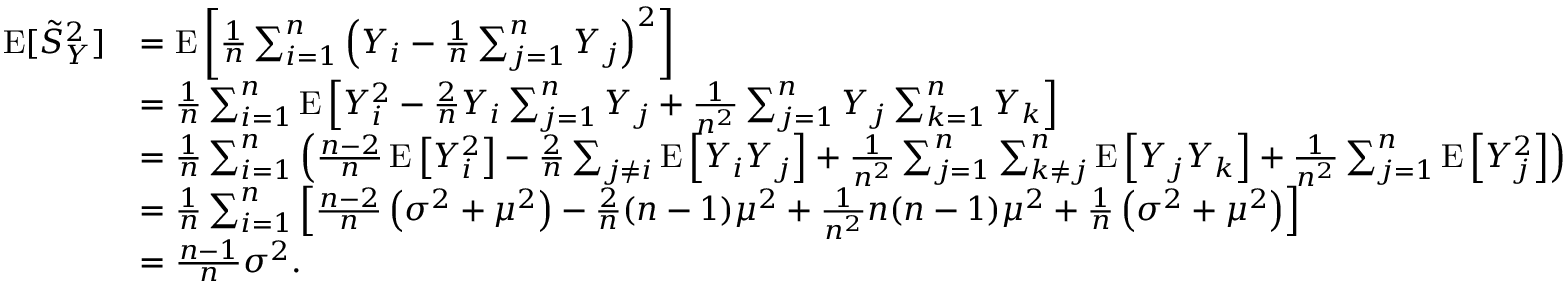
{ \begin{array} { r l } { \operatorname { E } [ { \tilde { S } } _ { Y } ^ { 2 } ] } & { = \operatorname { E } \left[ { \frac { 1 } { n } } \sum _ { i = 1 } ^ { n } \left( Y _ { i } - { \frac { 1 } { n } } \sum _ { j = 1 } ^ { n } Y _ { j } \right) ^ { 2 } \right] } \\ & { = { \frac { 1 } { n } } \sum _ { i = 1 } ^ { n } \operatorname { E } \left[ Y _ { i } ^ { 2 } - { \frac { 2 } { n } } Y _ { i } \sum _ { j = 1 } ^ { n } Y _ { j } + { \frac { 1 } { n ^ { 2 } } } \sum _ { j = 1 } ^ { n } Y _ { j } \sum _ { k = 1 } ^ { n } Y _ { k } \right] } \\ & { = { \frac { 1 } { n } } \sum _ { i = 1 } ^ { n } \left( { \frac { n - 2 } { n } } \operatorname { E } \left[ Y _ { i } ^ { 2 } \right] - { \frac { 2 } { n } } \sum _ { j \neq i } \operatorname { E } \left[ Y _ { i } Y _ { j } \right] + { \frac { 1 } { n ^ { 2 } } } \sum _ { j = 1 } ^ { n } \sum _ { k \neq j } ^ { n } \operatorname { E } \left[ Y _ { j } Y _ { k } \right] + { \frac { 1 } { n ^ { 2 } } } \sum _ { j = 1 } ^ { n } \operatorname { E } \left[ Y _ { j } ^ { 2 } \right] \right) } \\ & { = { \frac { 1 } { n } } \sum _ { i = 1 } ^ { n } \left[ { \frac { n - 2 } { n } } \left( \sigma ^ { 2 } + \mu ^ { 2 } \right) - { \frac { 2 } { n } } ( n - 1 ) \mu ^ { 2 } + { \frac { 1 } { n ^ { 2 } } } n ( n - 1 ) \mu ^ { 2 } + { \frac { 1 } { n } } \left( \sigma ^ { 2 } + \mu ^ { 2 } \right) \right] } \\ & { = { \frac { n - 1 } { n } } \sigma ^ { 2 } . } \end{array} }